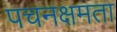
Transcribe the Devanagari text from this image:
पचनक्षमता